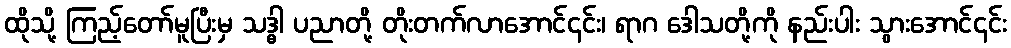
ထိုသို့ ကြည့်တော်မူပြီးမှ သဒ္ဓါ ပညာတို့ တိုးတက်လာအောင်၎င်း၊ ရာဂ ဒေါသတို့ကို နည်းပါး သွားအောင်၎င်း